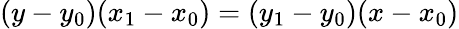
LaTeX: (y-y_{0})(x_{1}-x_{0})=(y_{1}-y_{0})(x-x_{0})